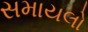
સમાયલો